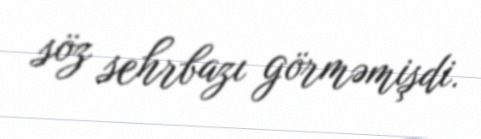
söz sehrbazı görməmişdi.